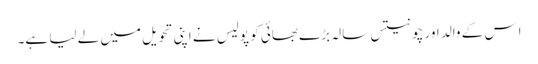
اِس کے والد اور چونتیس سالہ بڑے بھائی کو پولیس نے اپنی تحویل میں لے لیا ہے۔